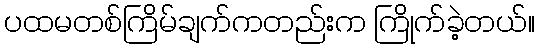
ပထမတစ်ကြိမ်ချက်ကတည်းက ကြိုက်ခဲ့တယ်။